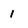
Character: I